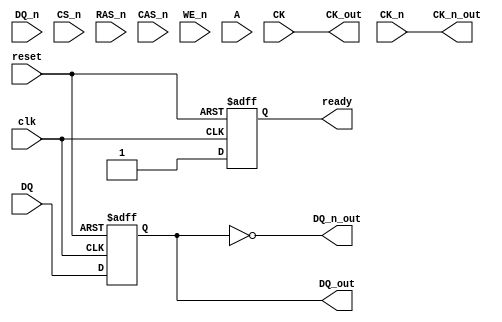
module gddr6x_io_block #(
    parameter DATA_WIDTH = 64,  // Data width (32, 64, or 128 bits)
    parameter CLK_FREQ = 2500    // Clock frequency in MHz
)(
    // Differential Data Signals
    input  wire [DATA_WIDTH-1:0] DQ,      // Data input
    output wire [DATA_WIDTH-1:0] DQ_out,   // Data output
    input  wire [DATA_WIDTH-1:0] DQ_n,     // Inverted Data input
    output wire [DATA_WIDTH-1:0] DQ_n_out, // Inverted Data output

    // Differential Clock Signals
    input  wire CK,        // Clock input
    input  wire CK_n,      // Inverted Clock input
    output wire CK_out,    // Clock output
    output wire CK_n_out,  // Inverted Clock output

    // Command Signals
    input  wire CS_n,      // Chip Select (active low)
    input  wire RAS_n,     // Row Address Strobe (active low)
    input  wire CAS_n,     // Column Address Strobe (active low)
    input  wire WE_n,      // Write Enable (active low)

    // Address Signals
    input  wire [15:0] A,  // Address lines (example: 16 bits)

    // Control Signals
    input  wire clk,       // System clock
    input  wire reset,     // Reset signal
    output wire ready      // Ready signal for operation
);

// Internal signals
reg [DATA_WIDTH-1:0] data_reg;
reg [DATA_WIDTH-1:0] data_out_reg;
reg ready_reg;

// Transmitter Logic
always @(posedge clk or posedge reset) begin
    if (reset) begin
        data_reg <= 0;
        ready_reg <= 0;
    end else begin
        // Sample data and prepare for transmission
        data_reg <= DQ;
        ready_reg <= 1; // Indicate ready for operation
    end
end

// Receiver Logic
always @(posedge CK or posedge reset) begin
    if (reset) begin
        data_out_reg <= 0;
    end else begin
        // Capture incoming data
        data_out_reg <= DQ_out; // Assuming DQ_out is driven by the memory
    end
end

// Clock Management Logic
assign CK_out = CK;
assign CK_n_out = CK_n;

// Output assignments
assign DQ_out = data_reg; // Output data
assign DQ_n_out = ~data_reg; // Inverted output data
assign ready = ready_reg; // Ready signal

// Command Signal Handling
always @(posedge clk or posedge reset) begin
    if (reset) begin
        // Reset command signals or any internal state
    end else begin
        // Handle command signals (CS_n, RAS_n, CAS_n, WE_n)
        if (!CS_n) begin
            // Chip select logic
        end
        // Additional command handling logic can be added here
    end
end

endmodule